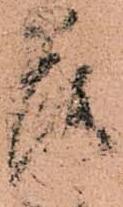
落